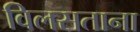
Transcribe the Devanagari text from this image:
विलसताना